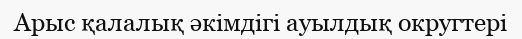
Арыс қалалық әкімдігі ауылдық округтері